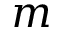
m